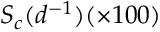
S _ { c } ( d ^ { - 1 } ) ( \times 1 0 0 )